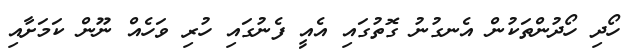
ހޯދި ހޯދުންތަކުން އެނގުނު ގޮތުގައި އެއީ ފެނުގައި ހުރި ވަހެއް ނޫން ކަމަށާއި